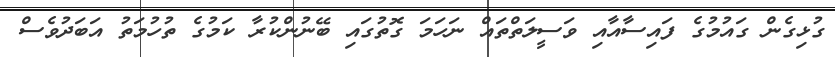
ގުޅިގެން ގައުމުގެ ފައިސާއާއި ވަސީލަތްތައް ނަހަމަ ގޮތުގައި ބޭނުންކުރާ ކަމުގެ ތުހުމަތު އަބަދުވެސް